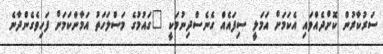
ސަރުކާރުން ކޮށްދެއްވައި އެކަމަށް އަމަލީ ސިފައެއް ގެނެސްދިނުމަކީ "ގައުމުގެ މަސްލަހަތު އަމާންކަމަށް ފަހިވެގެންދާނެ